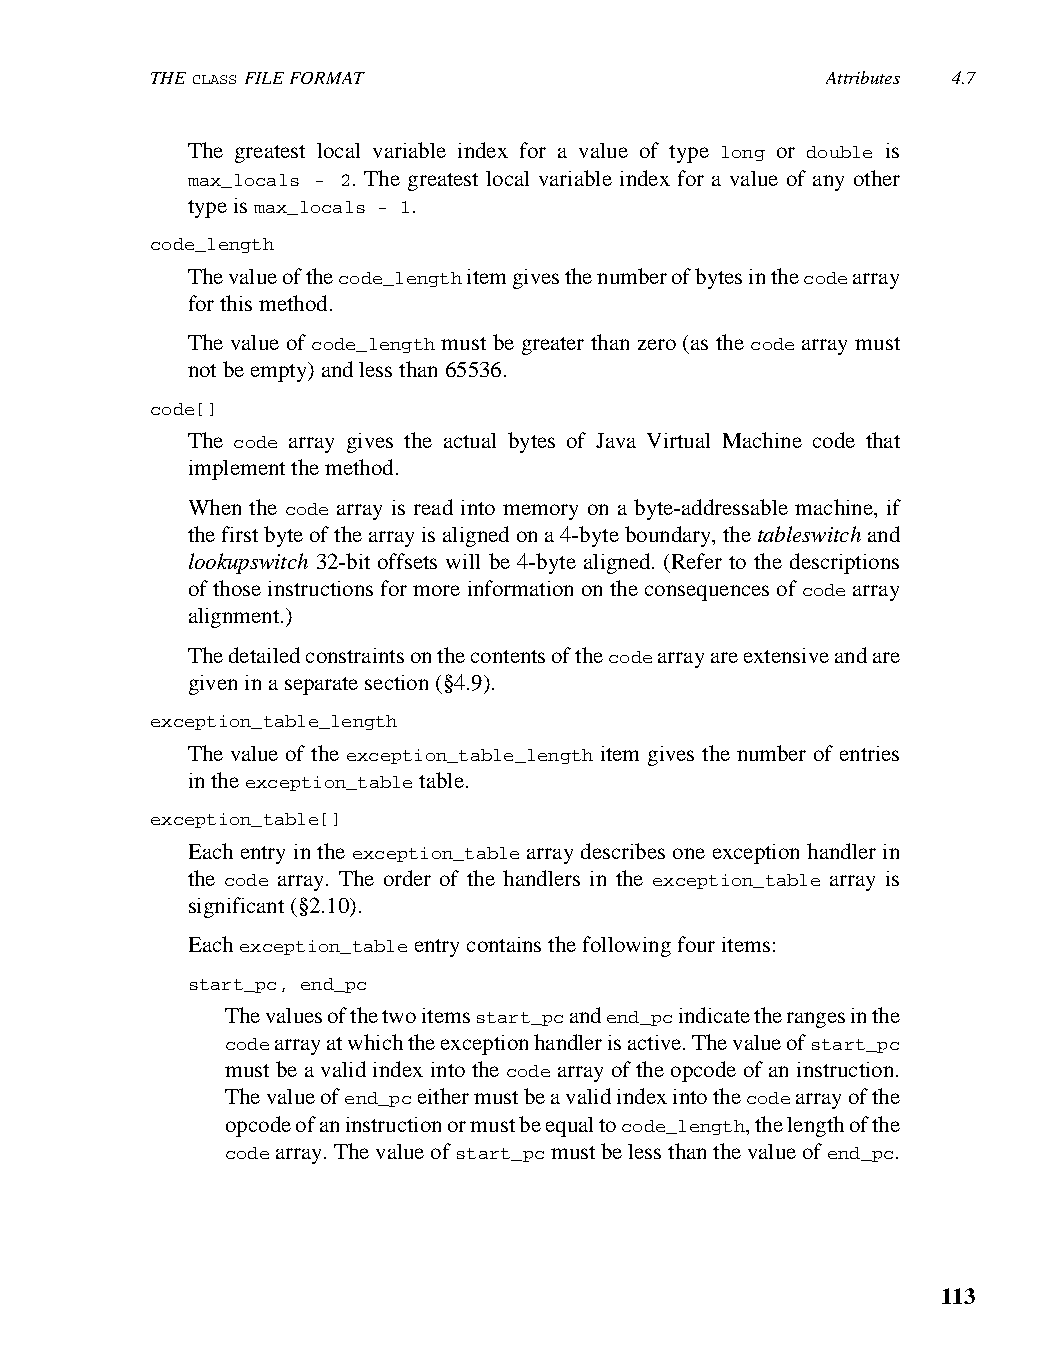
THE CLASS FILE FORMAT                        Attributes 4.7
 The greatest local variable index for a value of type long or double is
 max_locals - 2. The greatest local variable index for a value of any other
 type is max_locals - 1.
 code_length
 The value of the code_length item gives the number of bytes in the code array
 for this method.
 The value of code_length must be greater than zero (as the code array must
 not be empty) and less than 65536.
 code[]
 The code array gives the actual bytes of Java Virtual Machine code that
 implement the method.
 When the code array is read into memory on a byte-addressable machine, if
 the first byte of the array is aligned on a 4-byte boundary, the tableswitch and
 lookupswitch 32-bit offsets will be 4-byte aligned. (Refer to the descriptions
 of those instructions for more information on the consequences of code array
 alignment.)
 The detailed constraints on the contents of the code array are extensive and are
 given in a separate section (§4.9).
 exception_table_length
 The value of the exception_table_length item gives the number of entries
 in the exception_table table.
 exception_table[]
 Each entry in the exception_table array describes one exception handler in
 the code array. The order of the handlers in the exception_table array is
 significant (§2.10).
 Each exception_table entry contains the following four items:
 start_pc, end_pc
 The values of the two items start_pc and end_pc indicate the ranges in the
 code array at which the exception handler is active. The value of start_pc
 must be a valid index into the code array of the opcode of an instruction.
 The value of end_pc either must be a valid index into the code array of the
 opcode of an instruction or must be equal to code_length, the length of the
 code array. The value of start_pc must be less than the value of end_pc.
 113